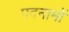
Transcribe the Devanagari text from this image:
पदनामों